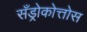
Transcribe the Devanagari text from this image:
सँड्रोकोत्तोस